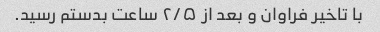
با تاخیر فراوان و بعد از ۲/۵ ساعت بدستم رسید.